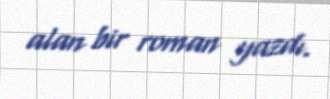
alan bir roman yazdı.